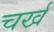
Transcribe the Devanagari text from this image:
चर्ख